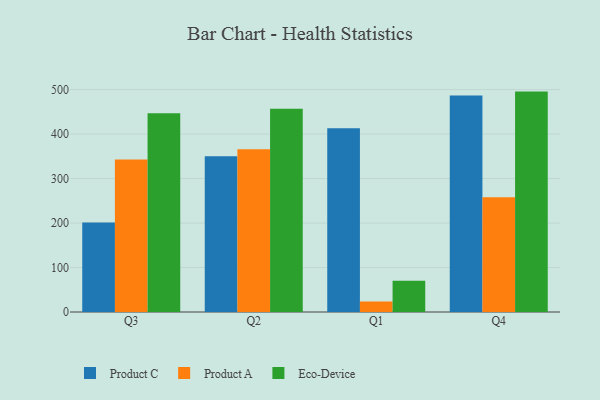
{"axis": {"x": "Quarter", "y": "LTV (USD)"}, "legend": ["Eco-Device", "Product A", "Product C"], "data": [{"x": "Q3", "y": 201.1, "type": "Product C"}, {"x": "Q3", "y": 342.9, "type": "Product A"}, {"x": "Q3", "y": 446.9, "type": "Eco-Device"}, {"x": "Q2", "y": 350.0, "type": "Product C"}, {"x": "Q2", "y": 365.8, "type": "Product A"}, {"x": "Q2", "y": 456.6, "type": "Eco-Device"}, {"x": "Q1", "y": 413.3, "type": "Product C"}, {"x": "Q1", "y": 23.5, "type": "Product A"}, {"x": "Q1", "y": 70.5, "type": "Eco-Device"}, {"x": "Q4", "y": 486.4, "type": "Product C"}, {"x": "Q4", "y": 258.0, "type": "Product A"}, {"x": "Q4", "y": 495.4, "type": "Eco-Device"}]}